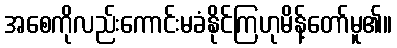
အစေကိုလည်းကောင်းမခံနိုင်ကြဟုမိန့်တော်မူ၏။